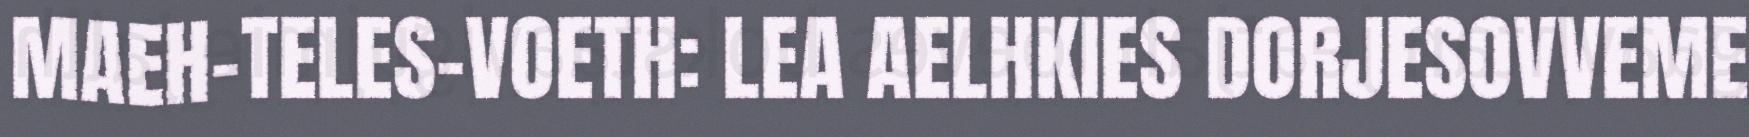
MAEH-TELES-VOETH: LEA AELHKIES DORJESOVVEME